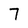
Character: 7